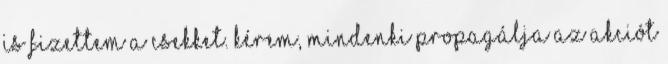
is fizettem a csekket. Kérem, mindenki propagálja az akciót